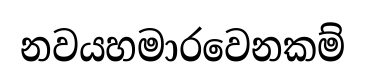
නවයහමාරවෙනකම්